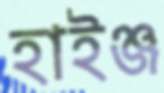
হাইঞ্জ